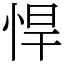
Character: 悍